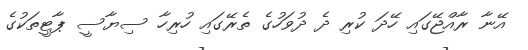
އޭނާ ރާއްޖޭގައި ހޭދަ ކުރި ދެ ދުވަހުގެ ތެރޭގައި ހުރިހާ ސިޔާސީ ޕާޓީތަކުގެ